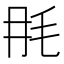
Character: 𣬭